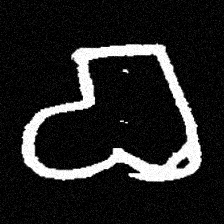
Pyu character \u2014 Myanmar letter: စ (romanized: ca)